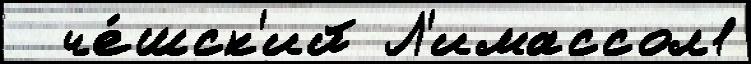
  че́шск'ий Л'имассол1